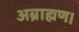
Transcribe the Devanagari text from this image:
अब्राह्मण।